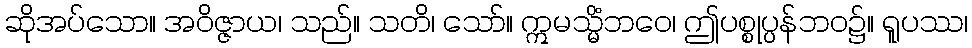
ဆိုအပ်သော။ အဝိဇ္ဇာယ၊ သည်။ သတိ၊ သော်။ ဣမသ္မိံဘဝေ၊ ဤပစ္စုပ္ပန်ဘဝ၌။ ရူပဿ၊